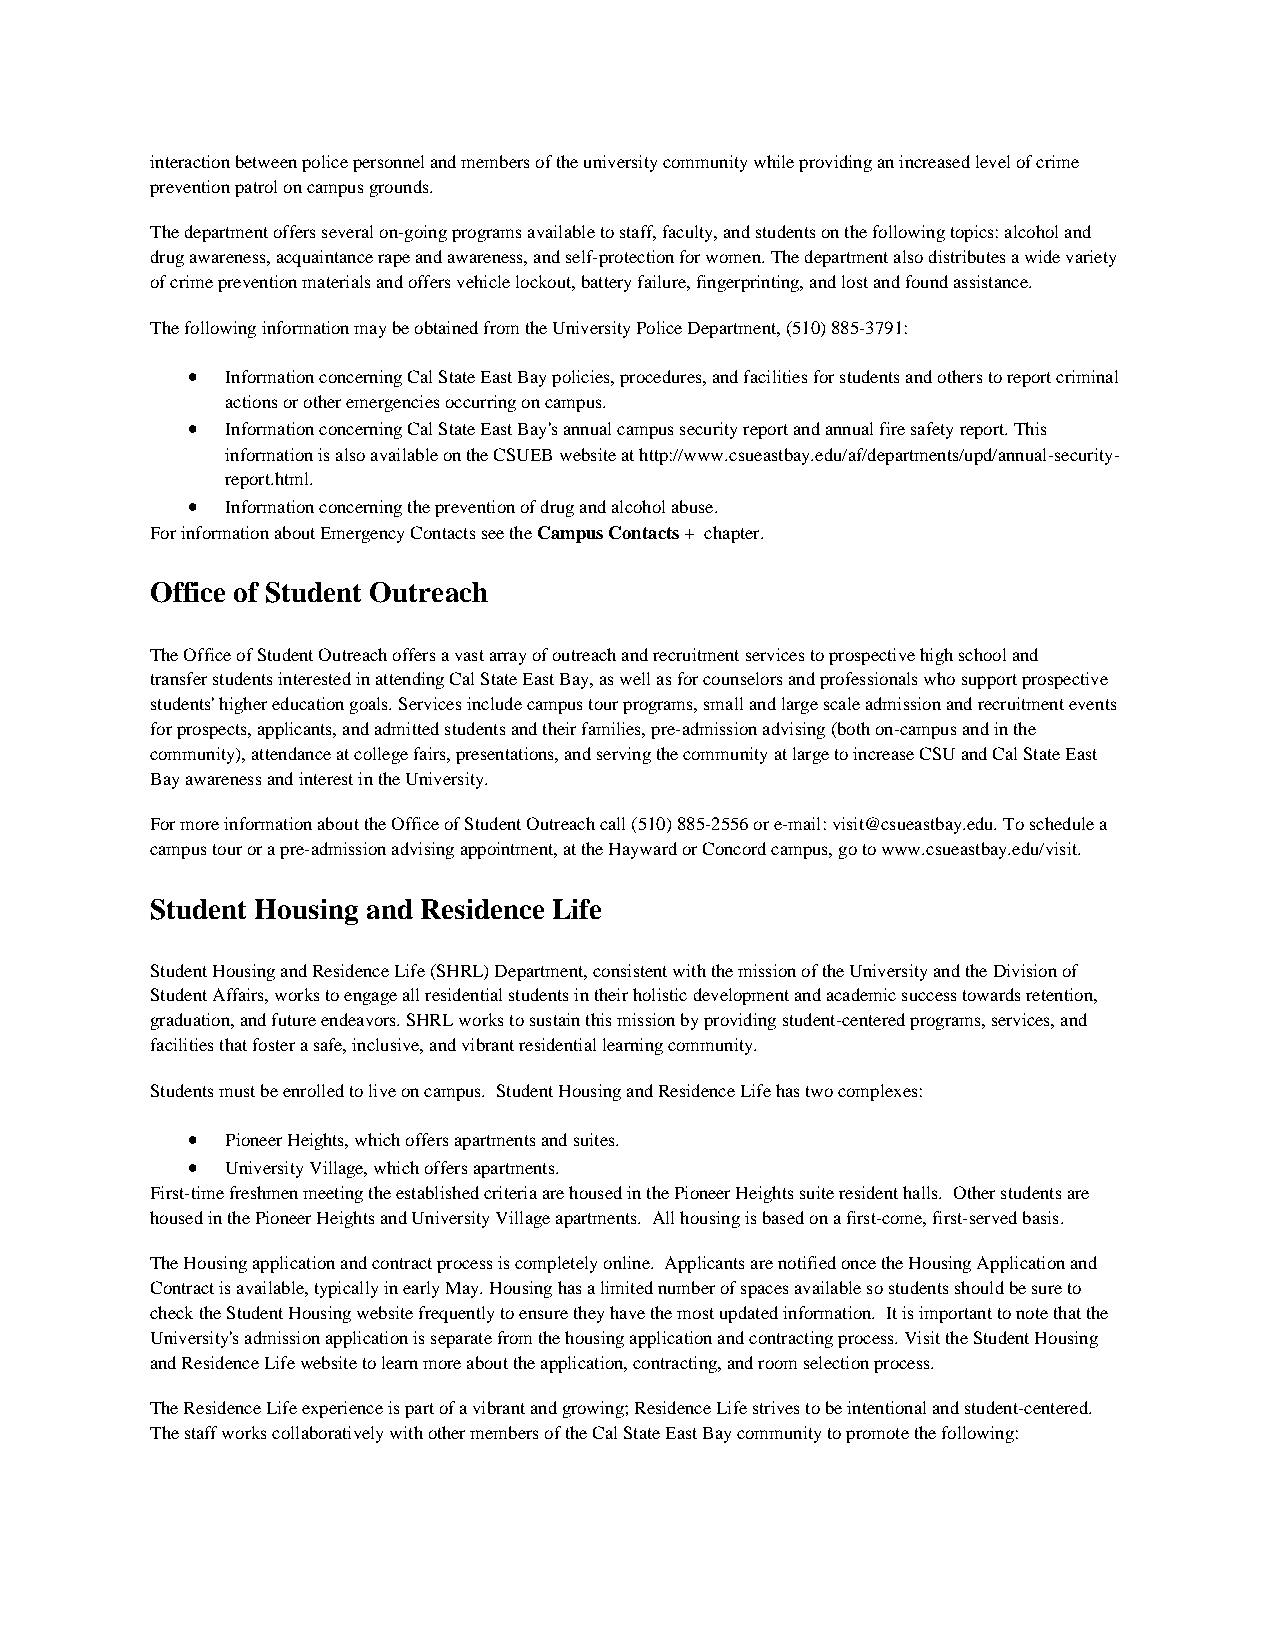
interaction between police personnel and members of the university community while providing an increased level of crime
 prevention patrol on campus grounds.
 The department offers several on-going programs available to staff, faculty, and students on the following topics: alcohol and
 drug awareness, acquaintance rape and awareness, and self-protection for women. The department also distributes a wide variety
 of crime prevention materials and offers vehicle lockout, battery failure, fingerprinting, and lost and found assistance.
 The following information may be obtained from the University Police Department, (510) 885-3791:
 •  Information concerning Cal State East Bay policies, procedures, and facilities for students and others to report criminal
 actions or other emergencies occurring on campus.
 •  Information concerning Cal State East Bay's annual campus security report and annual fire safety report. This
 information is also available on the CSUEB website at http://www.csueastbay.edu/af/departments/upd/annual-security-
 report.html.
 •  Information concerning the prevention of drug and alcohol abuse.
 For information about Emergency Contacts see the Campus Contacts + chapter.
 Office of Student Outreach
 The Office of Student Outreach offers a vast array of outreach and recruitment services to prospective high school and
 transfer students interested in attending Cal State East Bay, as well as for counselors and professionals who support prospective
 students' higher education goals. Services include campus tour programs, small and large scale admission and recruitment events
 for prospects, applicants, and admitted students and their families, pre-admission advising (both on-campus and in the
 community), attendance at college fairs, presentations, and serving the community at large to increase CSU and Cal State East
 Bay awareness and interest in the University.
 For more information about the Office of Student Outreach call (510) 885-2556 or e-mail: visit@csueastbay.edu. To schedule a
 campus tour or a pre-admission advising appointment, at the Hayward or Concord campus, go to www.csueastbay.edu/visit.
 Student Housing and Residence Life
 Student Housing and Residence Life (SHRL) Department, consistent with the mission of the University and the Division of
 Student Affairs, works to engage all residential students in their holistic development and academic success towards retention,
 graduation, and future endeavors. SHRL works to sustain this mission by providing student-centered programs, services, and
 facilities that foster a safe, inclusive, and vibrant residential learning community.
 Students must be enrolled to live on campus. Student Housing and Residence Life has two complexes:
 •  Pioneer Heights, which offers apartments and suites.
 •  University Village, which offers apartments.
 First-time freshmen meeting the established criteria are housed in the Pioneer Heights suite resident halls. Other students are
 housed in the Pioneer Heights and University Village apartments. All housing is based on a first-come, first-served basis.
 The Housing application and contract process is completely online. Applicants are notified once the Housing Application and
 Contract is available, typically in early May. Housing has a limited number of spaces available so students should be sure to
 check the Student Housing website frequently to ensure they have the most updated information. It is important to note that the
 University's admission application is separate from the housing application and contracting process. Visit the Student Housing
 and Residence Life website to learn more about the application, contracting, and room selection process.
 The Residence Life experience is part of a vibrant and growing; Residence Life strives to be intentional and student-centered.
 The staff works collaboratively with other members of the Cal State East Bay community to promote the following: